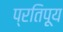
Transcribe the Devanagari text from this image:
प्रतिपूय